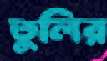
তুলির